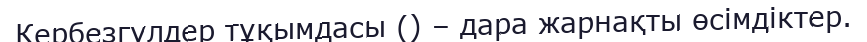
Кербезгүлдер тұқымдасы () – дара жарнақты өсімдіктер.